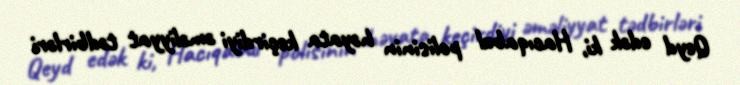
Qeyd edək ki, Hacıqabul polisinin həyata keçirdiyi əməliyyat tədbirləri